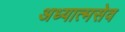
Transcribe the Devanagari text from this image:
अध्यात्मसेव